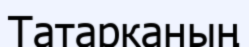
Татарканың